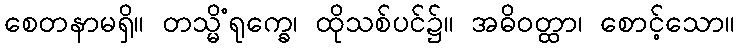
စေတနာမရှိ။ တသ္မိံရုက္ခေ၊ ထိုသစ်ပင်၌။ အဓိဝတ္ထာ၊ စောင့်သော။